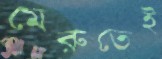
মেরুতেই